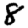
Digit: 8